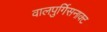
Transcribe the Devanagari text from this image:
वालपुर्गिसनाक्ट